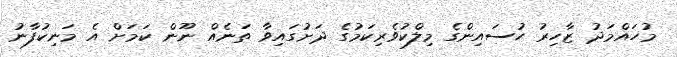
މުހައްމަދު ޒާހިރު ހުސައިންގެ މިލްކުވެރިކަމުގެ ދަށުގައިވާ ތަނެއް ނޫން ކަމަށް އެ މަނިކުފާނު